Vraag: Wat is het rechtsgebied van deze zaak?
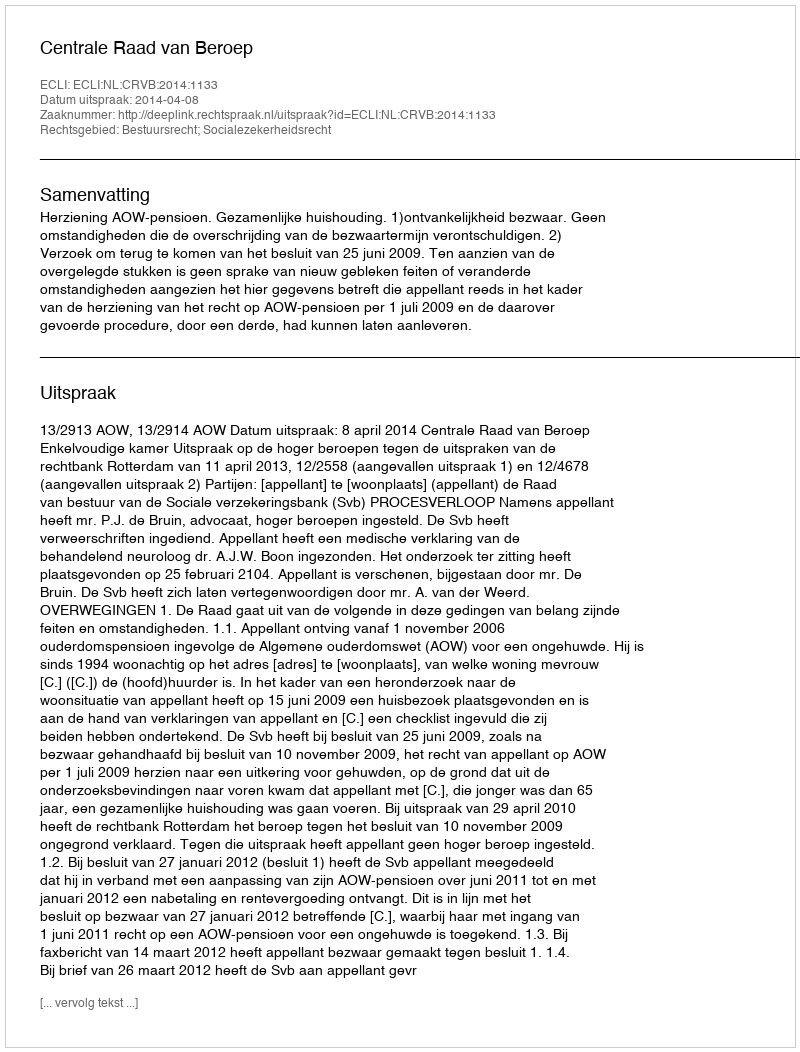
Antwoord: Bestuursrecht; Socialezekerheidsrecht